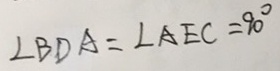
\angle B D A = \angle A E C = 9 0 ^ { \circ }